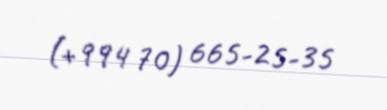
(+994 70) 665-25-35